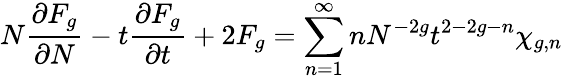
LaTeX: N{\frac{\partial F_{g}}{\partial N}}-t{\frac{\partial F_{g}}{\partial t}}+2F_{g}=\sum_{n=1}^{\infty}nN^{-2g}t^{2-2g-n}\chi_{g,n}